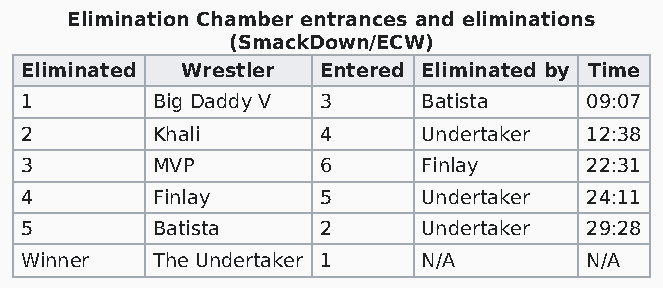
Elimination Chamber entrances and eliminations
 (SmackDown/ECW)
 Eliminated Wrestler Entered Eliminated by Time
 1        Big Daddy V 3     Batista    09:07
 2        Khali      4      Undertaker 12:38
 3        MVP        6      Finlay     22:31
 4        Finlay     5      Undertaker 24:11
 5        Batista    2      Undertaker 29:28
 Winner   The Undertaker 1  N/A        N/A